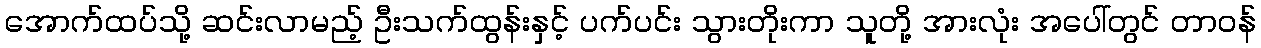
အောက်ထပ်သို့ ဆင်းလာမည့် ဦးသက်ထွန်းနှင့် ပက်ပင်း သွားတိုးကာ သူတို့ အားလုံး အပေါ်တွင် တာဝန်